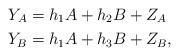
LaTeX: \begin{align*} Y_A & = h_1 A + h_2 B+Z_A\\ Y_B & = h_1 A + h_3 B+Z_B, \end{align*}